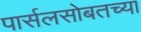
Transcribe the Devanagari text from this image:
पार्सलसोबतच्या